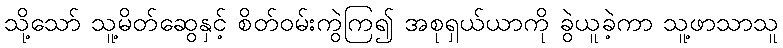
သို့သော် သူ့မိတ်ဆွေနှင့် စိတ်ဝမ်းကွဲကြ၍ အစုရှယ်ယာကို ခွဲယူခဲ့ကာ သူ့ဖာသာသူ